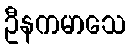
ဦနကမာသေ